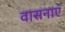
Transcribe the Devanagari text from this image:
वासनाएं